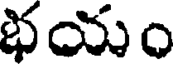
భయం